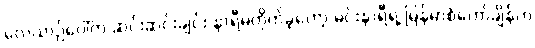
လေယာဉ်ပေါ်က ဆင်းဆင်းချင်း နာရီမတိုက်ခဲ့တော့ မင်းနာရီရဲ့ မြန်မာစံတော်ချိန်က